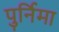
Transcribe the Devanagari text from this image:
पुर्निमा